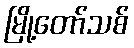
မြို့တော်သစ်